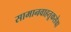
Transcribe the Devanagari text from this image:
सामानवाहतूकसेवा